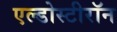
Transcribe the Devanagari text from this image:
एल्डोस्टीरॉन